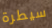
سيطرة